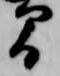
間